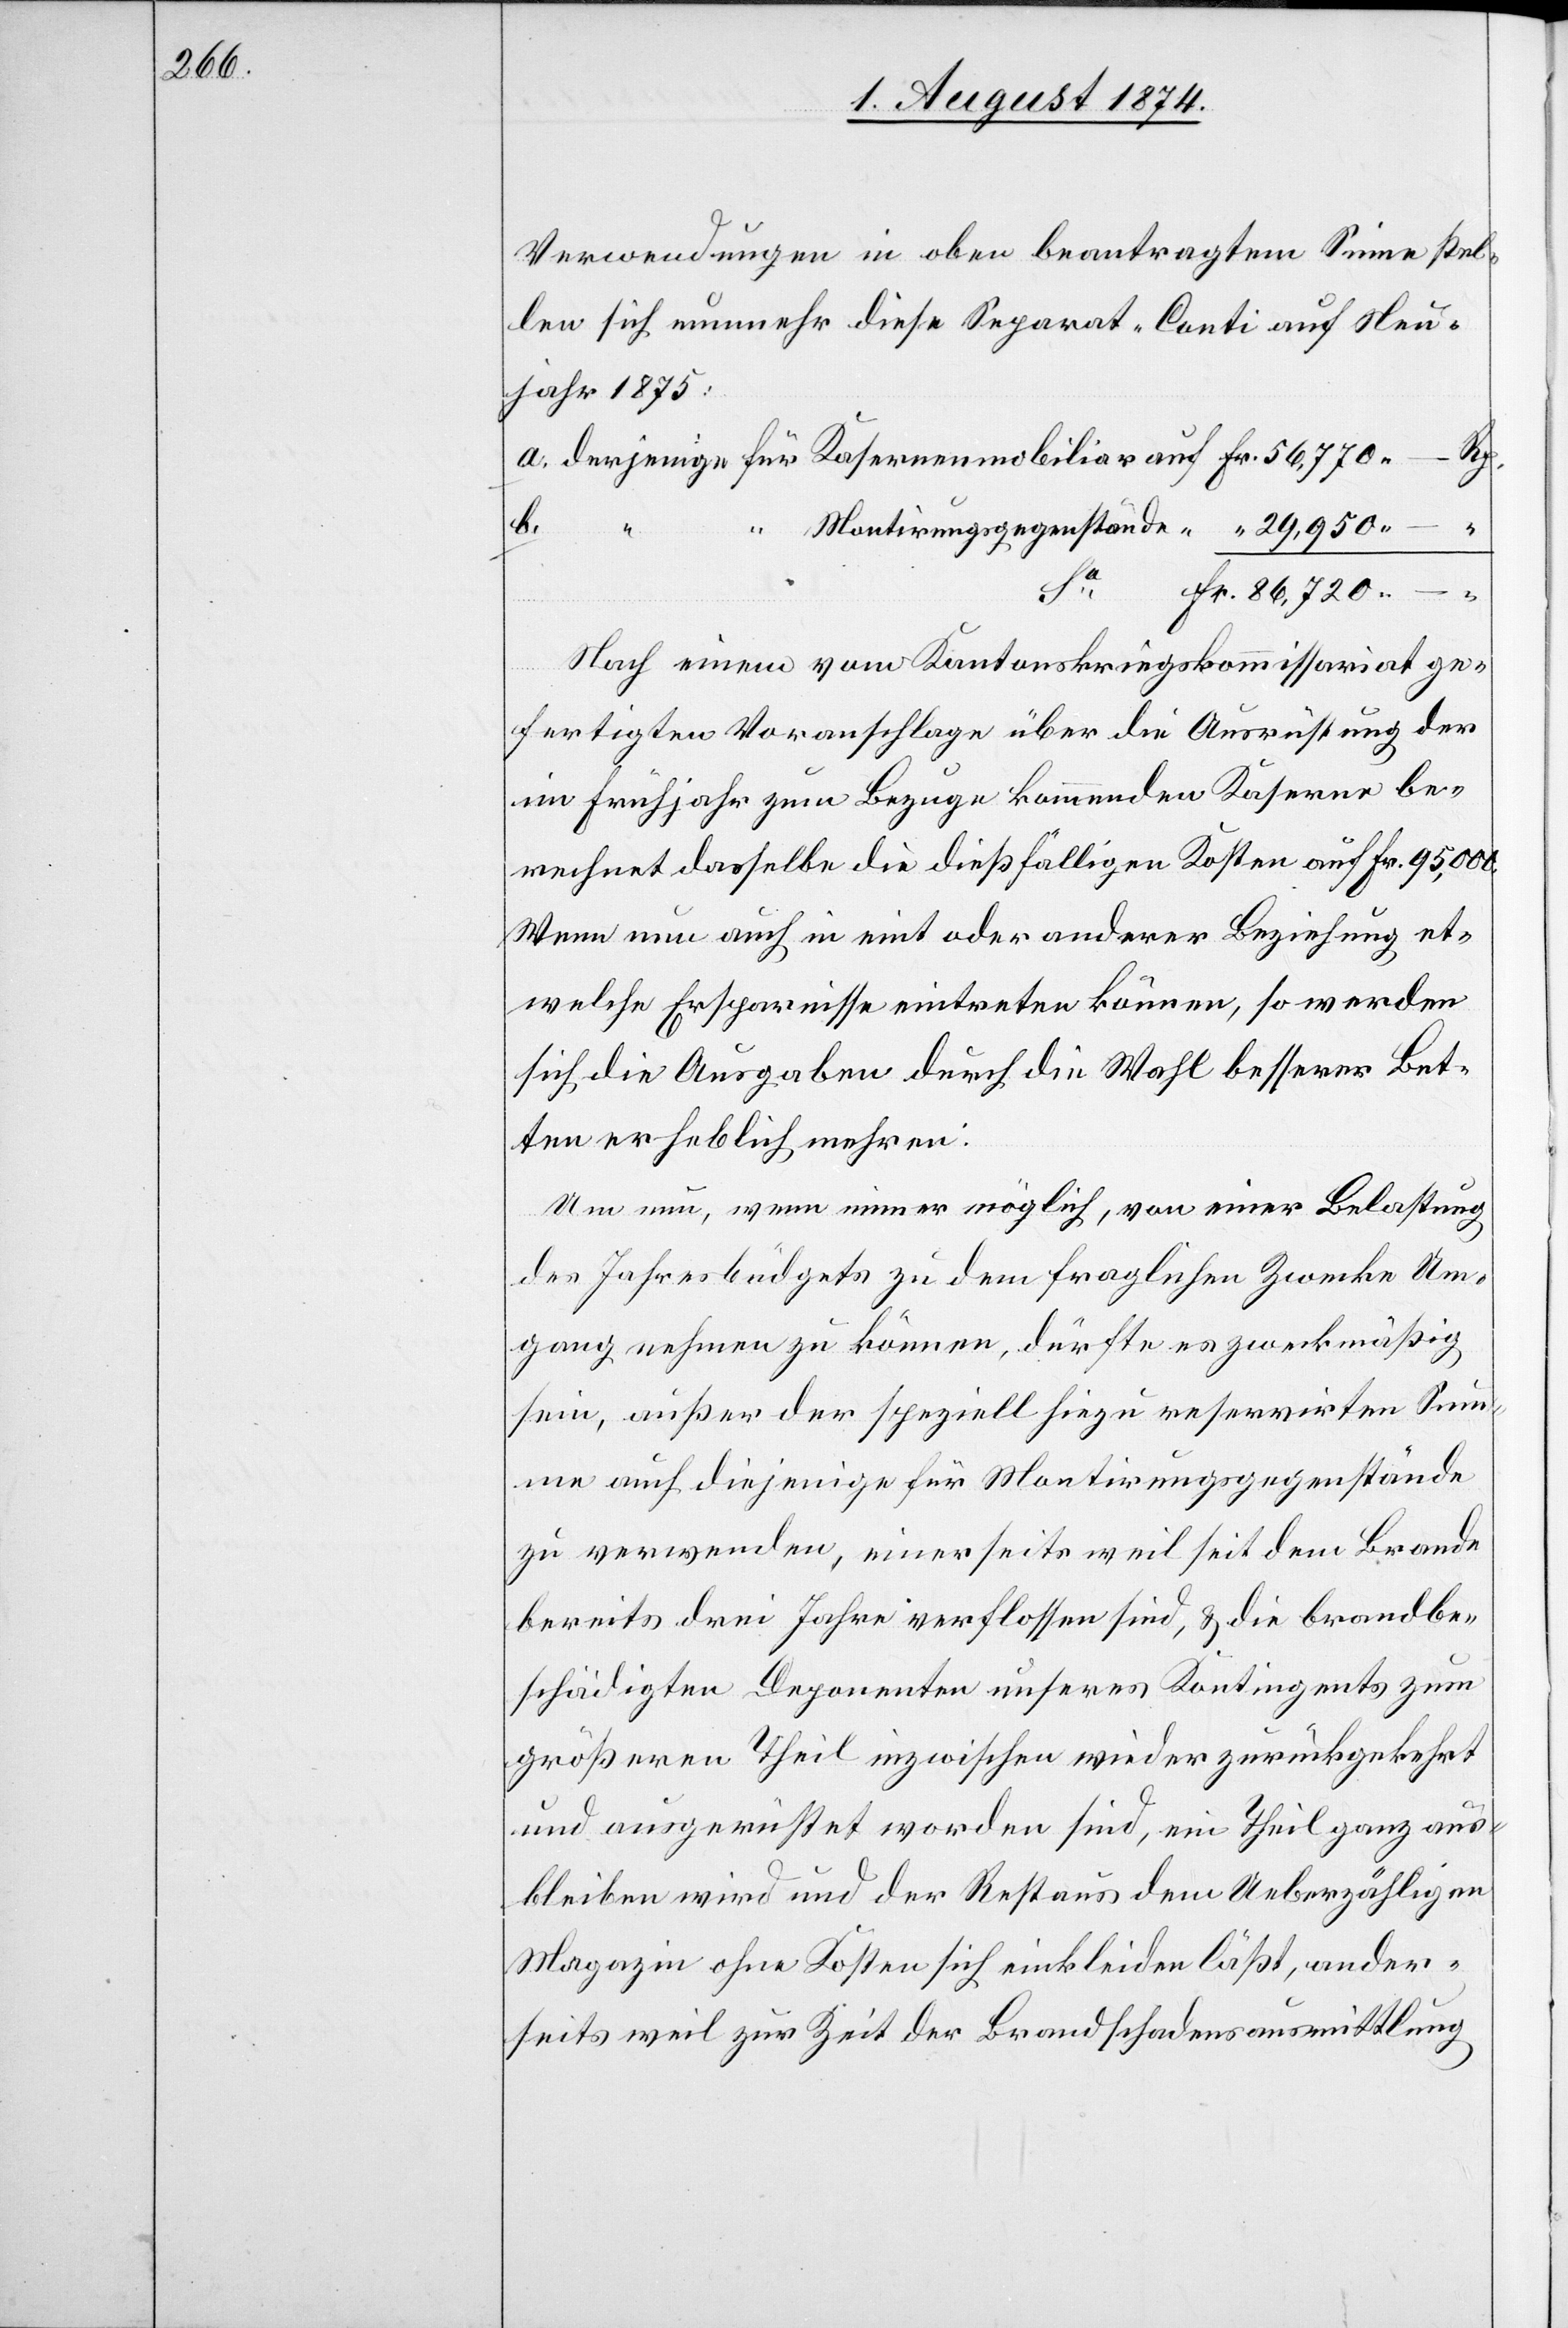
Verordnungen in oben beantragtem Sinne stel¬
len sich nunmehr diese Separat-Conti auf Neu¬
jahr 1875:
b.
“
Montirungsgegenstände
–
Fr.
Nach einem vom Kantonskriegskommissariat ge¬
fertigten Voranschlage über die Ausrüstung der
im Frühjahr zum Bezuge kommenden Kaserne be¬
rechnet dasselbe die dießfälligen Kosten auf Fr. 95,000.
Wenn nun auch in eint oder anderer Beziehung et¬
welche Ersparnisse eintreten können, so werden
sich die Ausgaben durch die Wahl besserer Bet¬
ten erheblich mehren.
Um nun, wenn immer möglich, von einer Belastung
des Jahresbüdgets zu dem fraglichen Zwecke Um¬
gang nehmen zu können, dürfte es zweckmäßig
sein, außer der speziell hiezu reservirten Sum¬
me auf diejenige für Montirungsgegenstände
zu verwenden, einerseits weil seit dem Brande
bereits drei Jahre verflossen sind, u. die brandbe¬
schädigten Deponenten unseres Kontingents zum
größeren Theil inzwischen wieder zurückgekehrt
und ausgerüstet worden sind, ein Theil ganz aus¬
bleiben wird und der Rest aus dem Ueberzähligen
Magazin ohne Kosten sich einkleiden läßt, ander¬
seits weil zur Zeit der Brandschadensausmittlung